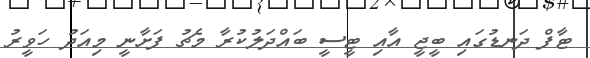
ޓާފް ދަނޑުގައި ބީޖީ އާއި ޓީސީ ބައްދަލުކުރާ މެޗު ފަށާނީ މިއަދު ހަވީރު